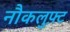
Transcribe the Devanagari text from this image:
नौकलुफ़्ट